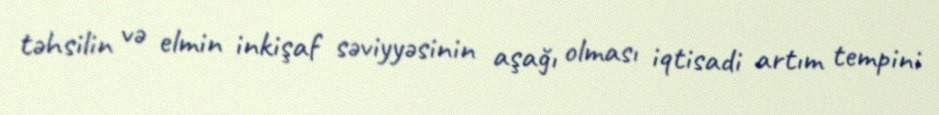
təhsilin və elmin inkişaf səviyyəsinin aşağı olması iqtisadi artım tempini